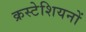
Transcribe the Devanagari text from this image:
क्रस्टेशियनों